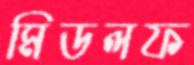
মিডলফ